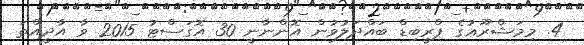
4. މިމަޝްރޫޢުގެ ޕްރީބިޑް ބައްދަލުވުން އޮންނާނީ 30 އޮގަސްޓު 2015 ވާ އާދީއްތަ